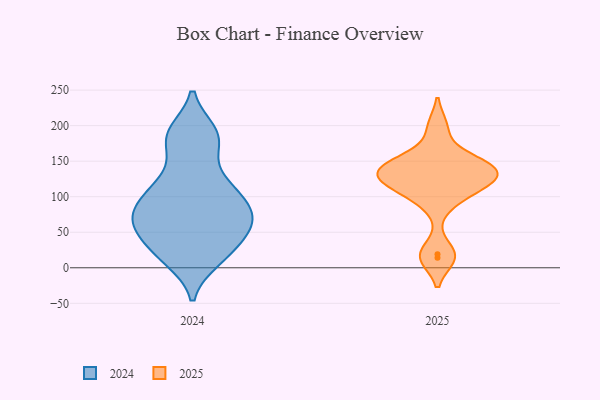
{"axis": {"x": "Backlog", "y": "Value"}, "legend": ["2024", "2025"], "data": [{"x": "", "y": 56, "type": "2024"}, {"x": "", "y": 55, "type": "2024"}, {"x": "", "y": 72, "type": "2024"}, {"x": "", "y": 65, "type": "2024"}, {"x": "", "y": 189, "type": "2024"}, {"x": "", "y": 11, "type": "2024"}, {"x": "", "y": 191, "type": "2024"}, {"x": "", "y": 26, "type": "2024"}, {"x": "", "y": 63, "type": "2024"}, {"x": "", "y": 88, "type": "2024"}, {"x": "", "y": 112, "type": "2024"}, {"x": "", "y": 14, "type": "2024"}, {"x": "", "y": 90, "type": "2024"}, {"x": "", "y": 101, "type": "2024"}, {"x": "", "y": 62, "type": "2024"}, {"x": "", "y": 185, "type": "2024"}, {"x": "", "y": 169, "type": "2024"}, {"x": "", "y": 131, "type": "2024"}, {"x": "", "y": 112, "type": "2024"}, {"x": "", "y": 25, "type": "2024"}, {"x": "", "y": 127, "type": "2025"}, {"x": "", "y": 153, "type": "2025"}, {"x": "", "y": 142, "type": "2025"}, {"x": "", "y": 123, "type": "2025"}, {"x": "", "y": 19, "type": "2025"}, {"x": "", "y": 137, "type": "2025"}, {"x": "", "y": 198, "type": "2025"}, {"x": "", "y": 93, "type": "2025"}, {"x": "", "y": 125, "type": "2025"}, {"x": "", "y": 14, "type": "2025"}, {"x": "", "y": 110, "type": "2025"}, {"x": "", "y": 147, "type": "2025"}]}